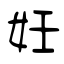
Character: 妊